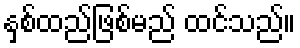
နှစ်ထည်ဖြစ်မည် ထင်သည်။